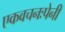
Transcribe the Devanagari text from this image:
एकवचनःपेनी